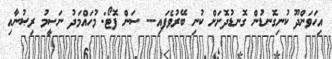
އިހަވަންދޫ ކުނިގޮނޑުން ގޮނޑުދޮށަށް ކުނި ބޭރުވެފައި--- ސަން ފޮޓޯ: މުހައްމަދު ނަސީމު ރިޞުނާއި